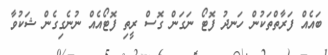
ބައެއް ފަރާތްތަކުން ހަނދު ފޮޓޯ ނަގަން ގޮސް ރީތި ފޮޓޯއެއް ނުނެގިގެން ޝަކުވާ